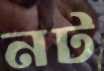
নট